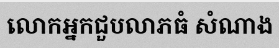
លោកអ្នកជួបលាភធំ សំណាង